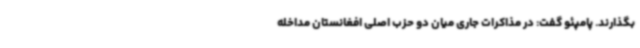
بگذارند. پامپئو گفت: در مذاکرات جاری میان دو حزب اصلی افغانستان مداخله